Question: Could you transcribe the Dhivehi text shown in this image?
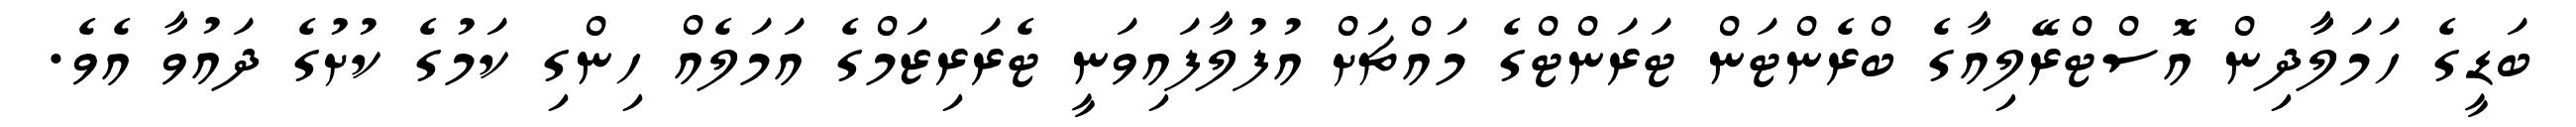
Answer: ބަޑީގެ ހަމަލާާދިން އޮސްޓްރޭލިއާގެ ބްރެންޓަން ޓަރަންޓްގެ މައްޗަށް އުފުލާފައިވަނީ ޓެރަރިޒަމްގެ އަމަލެއް ހިންގި ކަމުގެ ކުށުގެ ދައުވާ އެވެ.